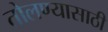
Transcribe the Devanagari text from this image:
तोलण्यासाठी